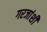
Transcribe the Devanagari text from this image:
गरजांशी